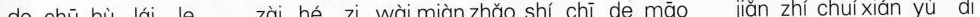
de chū bù lái le zài hé zi wài miàn zhǎo shí chī de māo jiǎn zhí chuí xián yù dī